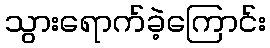
သွားရောက်ခဲ့ကြောင်း